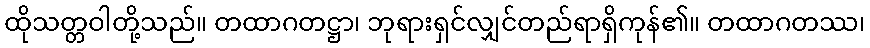
ထိုသတ္တဝါတို့သည်။ တထာဂတဋ္ဌာ၊ ဘုရားရှင်လျှင်တည်ရာရှိကုန်၏။ တထာဂတဿ၊